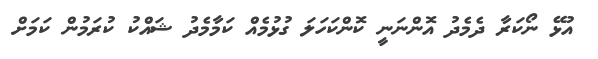
އުޅޭ ނޯކަރާ ދެމެދު އޮންނަނީ ކޮންކަހަލަ ގުޅުމެއް ކަމާމެދު ޝައްކު ކުރަމުން ކަމަށް